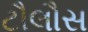
ટૌલૌસ